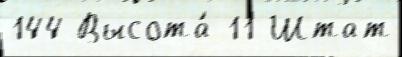
144 Высота́ 11 Штат